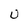
Character: U